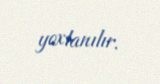
yoxlanılır.